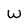
Character: W